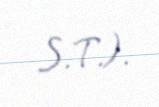
S.T.).